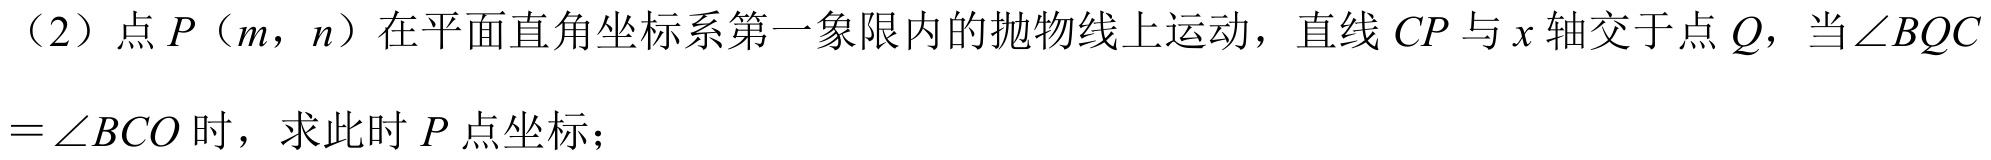
（2）点\(P（m,n）\)在平面直角坐标系第一象限内的抛物线上运动，直线\(CP\)与\(x\)轴交于点\(Q\)，当\(\angle BQC\)
\(=\angle BCO\)时，求此时\(P\)点坐标；